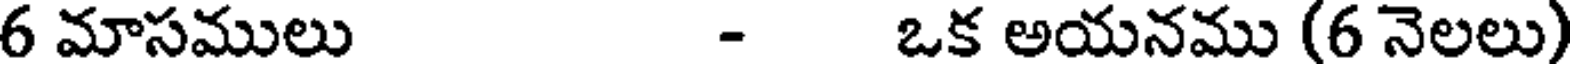
6 మాసములు - ఒక అయనము (6 నెలలు)